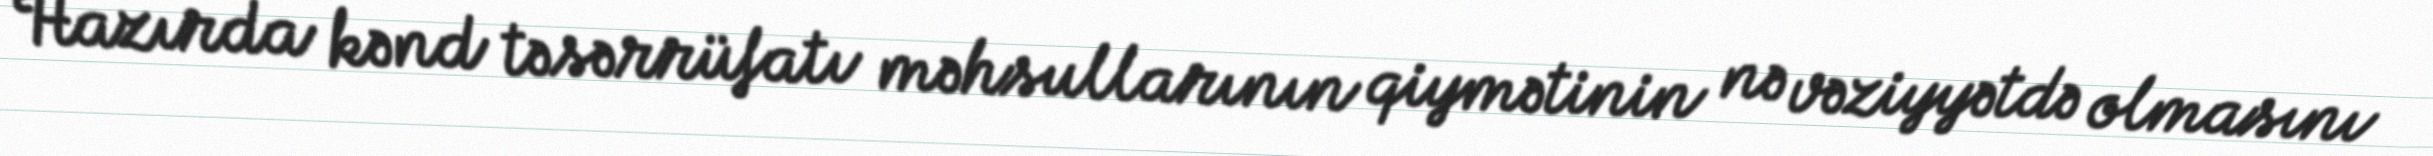
Hazırda kənd təsərrüfatı məhsullarının qiymətinin nə vəziyyətdə olmasını